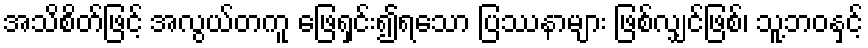
အသိစိတ်ဖြင့် အလွယ်တကူ ဖြေရှင်း၍ရသော ပြဿနာများ ဖြစ်လျှင်ဖြစ်၊ သူ့ဘဝနှင့်